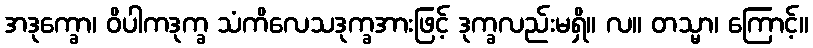
အဒုက္ခော၊ ဝိပါကဒုက္ခ သံကိလေသဒုက္ခအားဖြင့် ဒုက္ခလည်းမရှိ။ လ။ တသ္မာ၊ ကြောင့်။